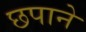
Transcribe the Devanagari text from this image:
छपाने